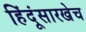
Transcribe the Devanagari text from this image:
हिंदूंसारखेच